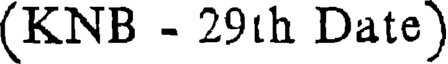
(KNB - 29th Date)